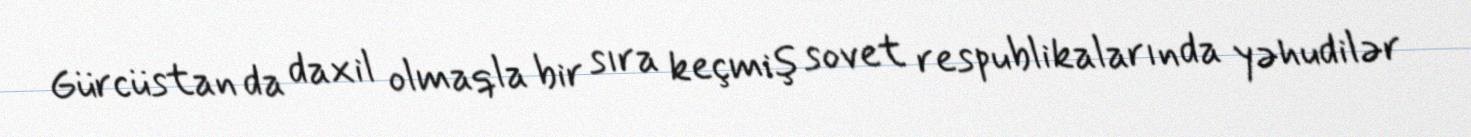
Gürcüstan da daxil olmaqla bir sıra keçmiş sovet respublikalarında yəhudilər